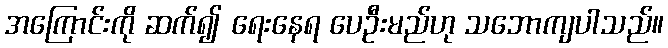
အကြောင်းကို ဆက်၍ ရေးနေရ ပေဦးမည်ဟု သဘောကျပါသည်။